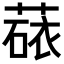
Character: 𬝻